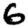
Digit: 6